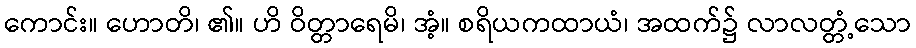
ကောင်း။ ဟောတိ၊ ၏။ ဟိ ဝိတ္တာရေမိ၊ အံ့။ စရိယကထာယံ၊ အထက်၌ လာလတ္တံ့သော